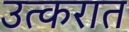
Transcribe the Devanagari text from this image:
उत्करात